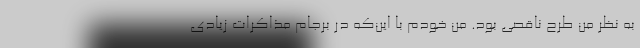
به نظر من طرح ناقصی بود. من خودم با این‌که در برجام مذاکرات زیادی